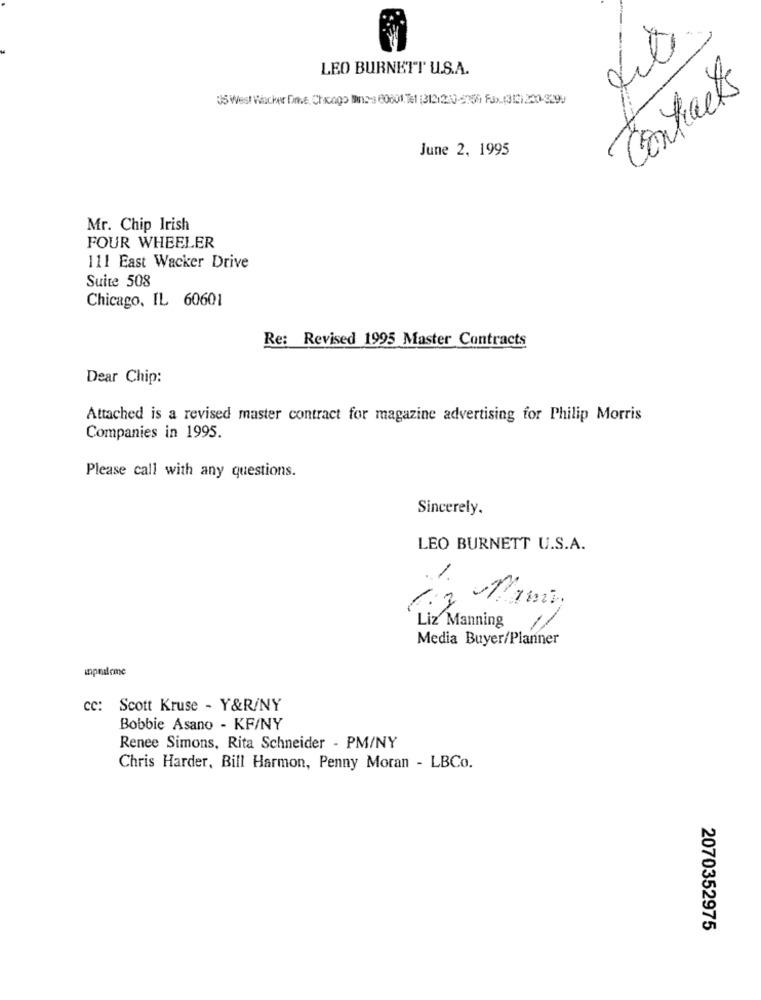
LEO BURNETT U.S.A.
Contracts
US West Wacher Drive,Chicago na-a 00001.Tel :312:20-6759 Fax (312) 220-309)
June 2, 1995
Mr. Chip Irish
FOUR WHEELER
111 East Wacker Drive
Suite 508
Chicago, IL 60601
Re: Revised 1995 Master Contracts
Dear Chip:
Attached is a revised master contract for magazine advertising for Philip Morris
Companies in 1995.
Please call with any questions.
Sincerely.
LEO BURNETT U.S.A.
1.
Liz Manning
Media Buyer/Planner
cc:
Scott Kruse - Y&R/NY
Bobbie Asano - KF/NY
Renee Simons, Rita Schneider - PM/NY
Chris Harder, Bill Harmon, Penny Moran - LBCo.
2070352975